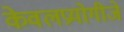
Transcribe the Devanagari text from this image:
केवलप्रयोगीजे